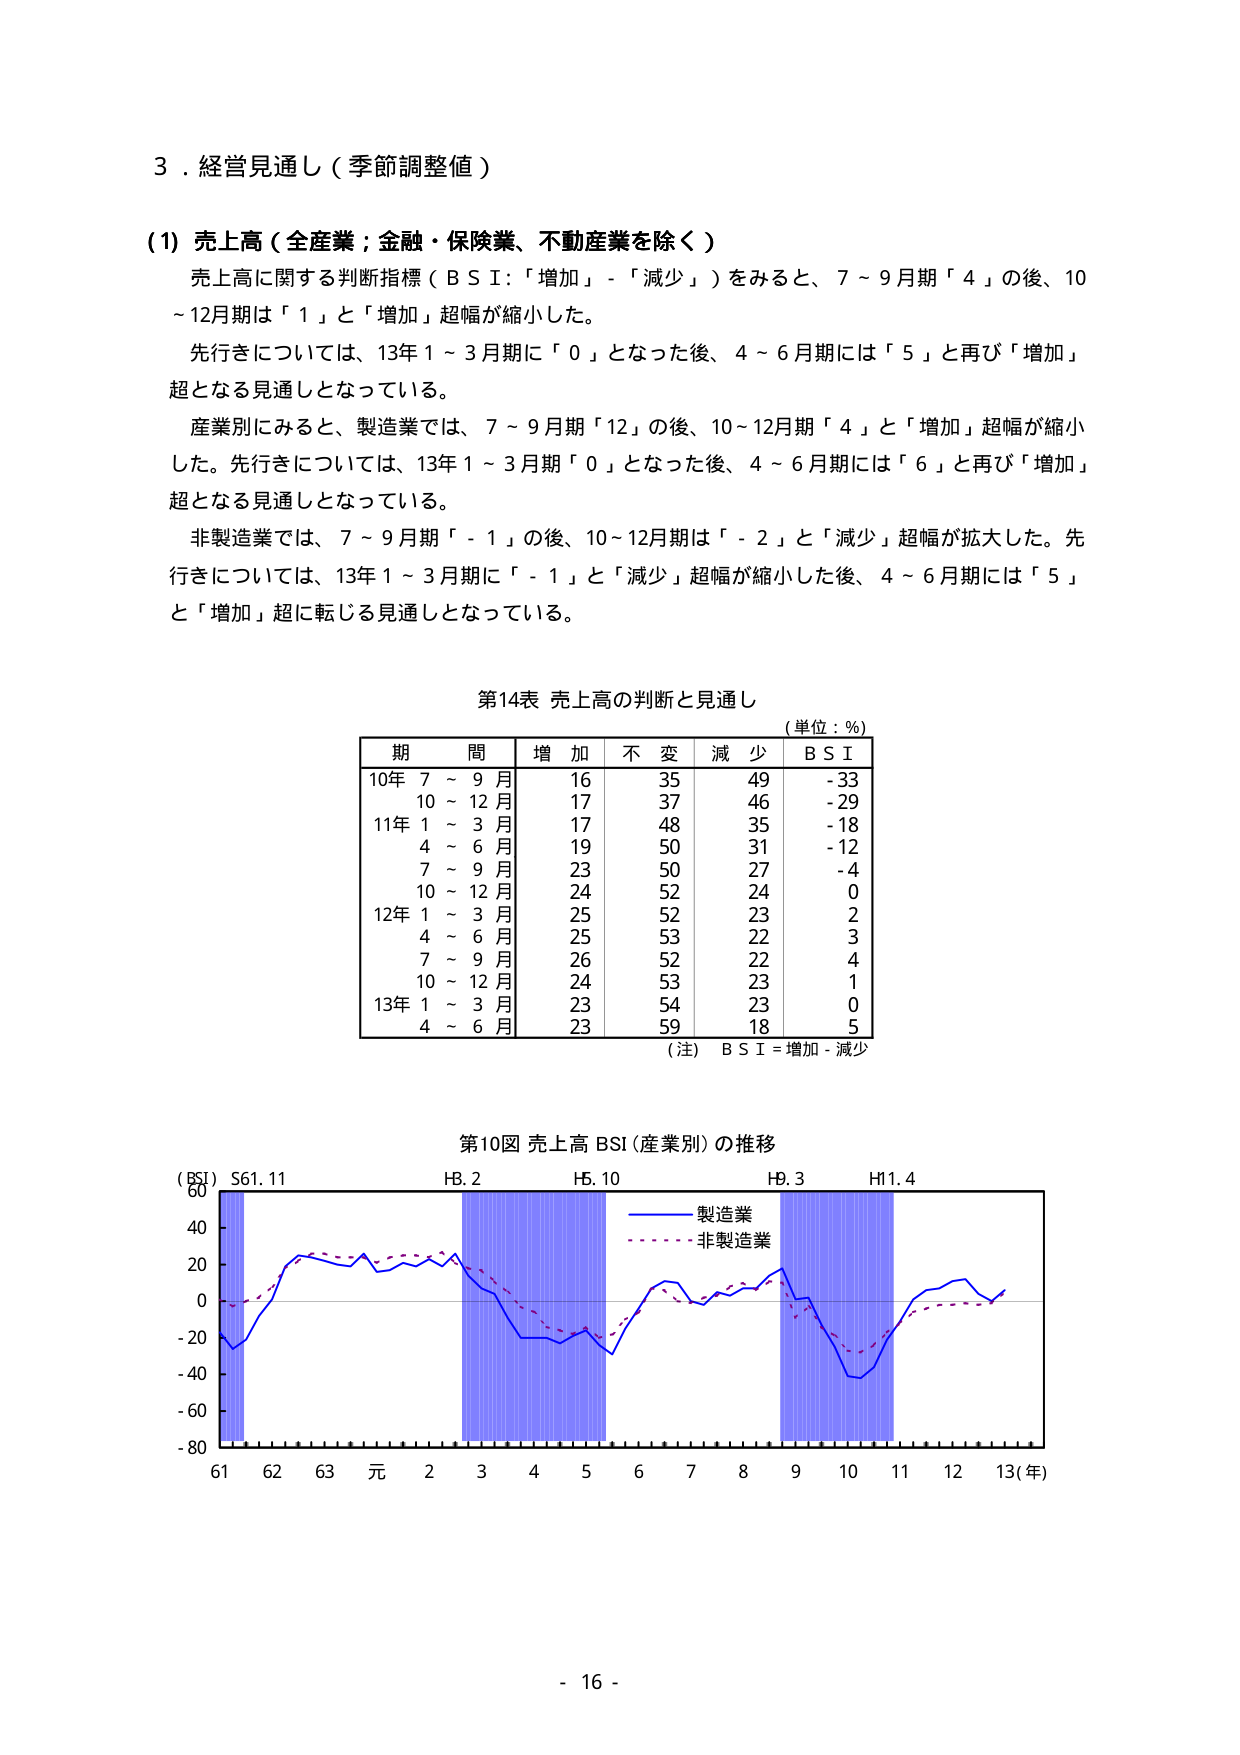
3．経営見通し（季節調整値）

(1) 売上高（全産業；金融・保険業、不動産業を除く）
売上高に関する判断指標（ＢＳＩ：「増加」－「減少」）をみると、7～9月期「4」の後、10～12月期は「1」と「増加」超幅が縮小した。
先行きについては、13年1～3月期に「0」となった後、4～6月期には「5」と再び「増加」超となる見通しとなっている。
産業別にみると、製造業では、7～9月期「12」の後、10～12月期「4」と「増加」超幅が縮小した。先行きについては、13年1～3月期「0」となった後、4～6月期には「6」と再び「増加」超となる見通しとなっている。
非製造業では、7～9月期「-1」の後、10～12月期は「-2」と「減少」超幅が拡大した。先行きについては、13年1～3月期に「-1」と「減少」超幅が縮小した後、4～6月期には「5」と「増加」超に転じる見通しとなっている。

第14表 売上高の判断と見通し
（単位：％）
期間　　増加　　不変　　減少　　ＢＳＩ
10年 7～9月　16　　35　　49　　-33
　　 10～12月　17　　37　　46　　-29
11年 1～3月　17　　48　　35　　-18
　　 4～6月　　19　　50　　31　　-12
　　 7～9月　　23　　50　　27　　-4
　　 10～12月　24　　52　　24　　0
12年 1～3月　25　　52　　23　　2
　　 4～6月　　25　　53　　22　　3
　　 7～9月　　26　　52　　22　　4
　　 10～12月　24　　53　　23　　1
13年 1～3月　23　　54　　23　　0
　　 4～6月　　23　　59　　18　　5
（注）ＢＳＩ＝増加－減少

第10図 売上高ＢＳＩ（産業別）の推移
（BSI）S61.11　　H8.2　　H5.10　　H9.3　　H11.4
　　　60